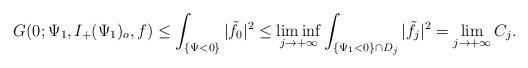
LaTeX: \begin{align*}G(0;\Psi_1,I_+(\Psi_1)_o,f)\le\int_{\{\Psi<0\}}|\tilde f_0|^2\le\liminf_{j\rightarrow+\infty}\int_{\{\Psi_1<0\}\cap D_j}|\tilde f_j|^2 = \lim_{j\rightarrow+\infty}C_j.\end{align*}